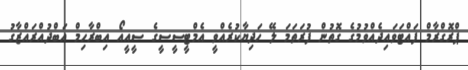
ޕްރޮގްރާމް ފައްޓަވައިދެއްވުމުގެ ގޮތުން ފުރަތަމަ ލޭ ހަދިޔާކުރެއްވީ އެމްޓީސީސީގެ ސީއީއޯ އިބްރާހިމް އަބްދުއްރައްޒާގު